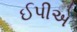
ઈપીએ